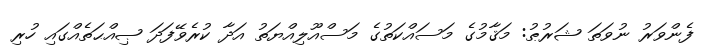
ފެންވަރު ނުވަތަ ޝަރުޠު: މަޤާމުގެ މަސައްކަތުގެ މަސްއޫލިއްޔަތު އަދާ ކުރެވޭފަދަ ޞިއްޙަތެއްގައި ހުރި